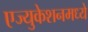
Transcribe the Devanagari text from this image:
एज्युकेशनमध्ये